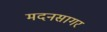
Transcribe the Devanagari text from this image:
मदनसागर